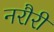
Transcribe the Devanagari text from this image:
नरौरी